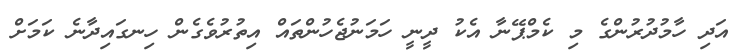
އަދި ހާމުދުރުންގެ މި ކެމްޕޭނާ އެކު ދީނީ ހަމަނުޖެހުންތައް އިތުރުވެގެން ހިނގައިދާނެ ކަމަށް